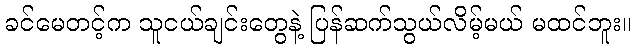
ခင်မေတင့်က သူငယ်ချင်းတွေနဲ့ ပြန်ဆက်သွယ်လိမ့်မယ် မထင်ဘူး။